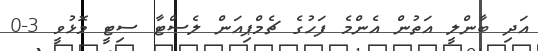
އަދި ބާންލީ އަތުން އެންމެ ފަހުގެ ޗެމްޕިއަން ލެސްޓާ ސިޓީ މޮޅުވީ 3-0